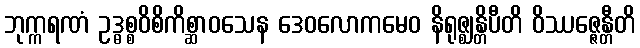
ဘုက္ကရဏံ ဥဒ္ဓစ္စဝိစိကိစ္ဆာဝသေန ဒေဝလောကမေဝ နိရုဇ္ဈန္တိပီတိ ဝိဿဇ္ဇေန္တီတိ